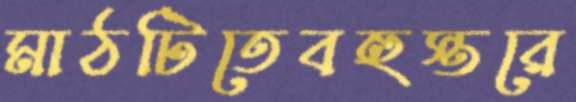
মাঠটিতেবহুস্তরে